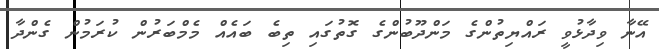
އޭނާ ވިދާޅުވީ ރައްޔިތުންގެ މަންދޫބުންގެ ގޮތުގައި ތިބެ ބައެއް މެމްބަރުން ކުރަމުން ގެންދާ